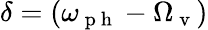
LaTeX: \delta=(\omega_{\mathrm{~p~h~}}-\Omega_{\mathrm{~v~}})